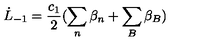
\dot { L } _ { - 1 } = \frac { c _ { 1 } } { 2 } ( \sum _ { n } \beta _ { n } + \sum _ { B } \beta _ { B } )